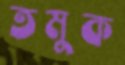
তমুক